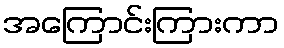
အကြောင်းကြားကာ